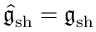
\hat { \mathfrak { g } } _ { \mathrm { s h } } = \mathfrak { g } _ { \mathrm { s h } }